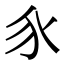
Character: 𧰨